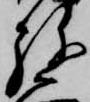
弥